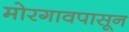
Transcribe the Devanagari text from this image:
मोरगावपासून